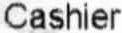
CASHIER